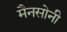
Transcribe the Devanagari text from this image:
मैनसोनी